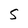
Character: 5